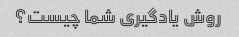
روش یادگیری شما چیست؟